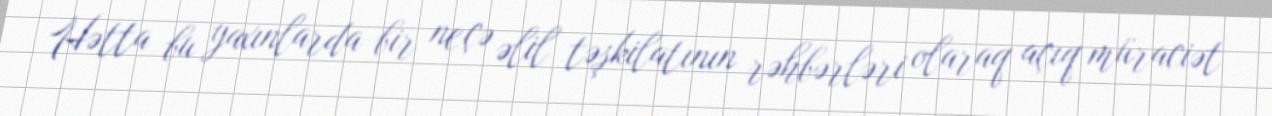
Hətta bu yaxınlarda bir neçə əlil təşkilatının rəhbərləri olaraq açıq müraciət